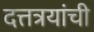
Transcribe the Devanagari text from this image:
दत्तत्रयांची